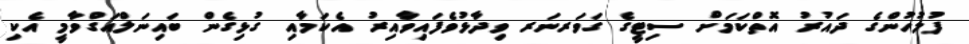
ފުލުހުންގެ ދައުރު އޮތްކަމަށް ސިޓީގެ ގަވަރނަރ ވިދާޅުވެފައިވާއިރު އެކަމާއި ގުޅިގެން ބައިނަލްއަގްވާމީ އެކި